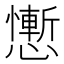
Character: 𢣥